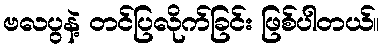
ဗလပွနဲ့ တင်ပြလိုက်ခြင်း ဖြစ်ပါတယ်။